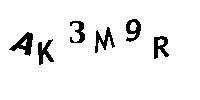
AK3M9R